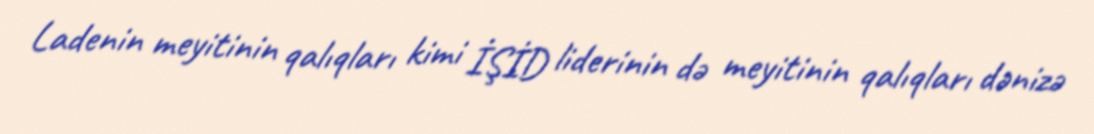
Ladenin meyitinin qalıqları kimi İŞİD liderinin də meyitinin qalıqları dənizə